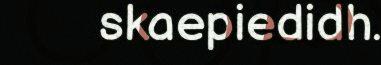
skaepiedidh.